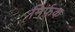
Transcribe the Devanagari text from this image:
मिर्फ़क